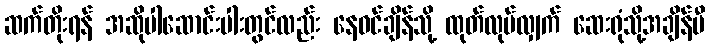
ဆက်တိုးရန် အဆိုပါဆောင်းပါးတွင်လည်း နေဝင်ချိန်သို့ ထုတ်လုပ်လျှက် ဆေးရုံသို့အချိန်မီ